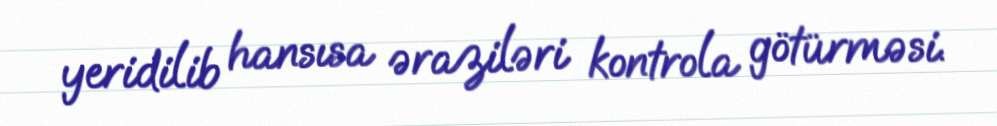
yeridilib hansısa əraziləri kontrola götürməsi.